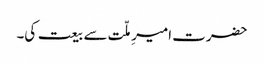
حضرت امیرِ ملّت سے بیعت کی۔